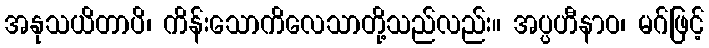
အနုသယိတာပိ၊ ကိန်းသောကိလေသာတို့သည်လည်း။ အပ္ပဟီနာဝ၊ မဂ်ဖြင့်